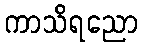
ကာသိရညော